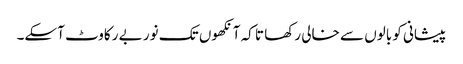
پیشانی کو بالوں سے خالی رکھا تا کہ آنکھوں تک نور بے رکاوٹ آسکے۔